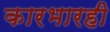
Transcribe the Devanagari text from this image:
कारभारही